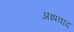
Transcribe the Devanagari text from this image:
अझवाद